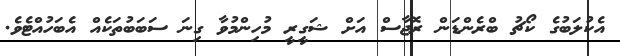
އެކުލަބުގެ ކޯޗު ބްރެންޑަން ރޮޖާސް އަށް ޝަގީރީ މުހިންމުވާ ގިނަ ސަބަބުތަކެއް އެބަހުއްޓެވެ.